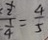
\frac { \frac { 1 } { 2 } } { \frac { 1 } { 4 } } = \frac { 4 } { 5 }